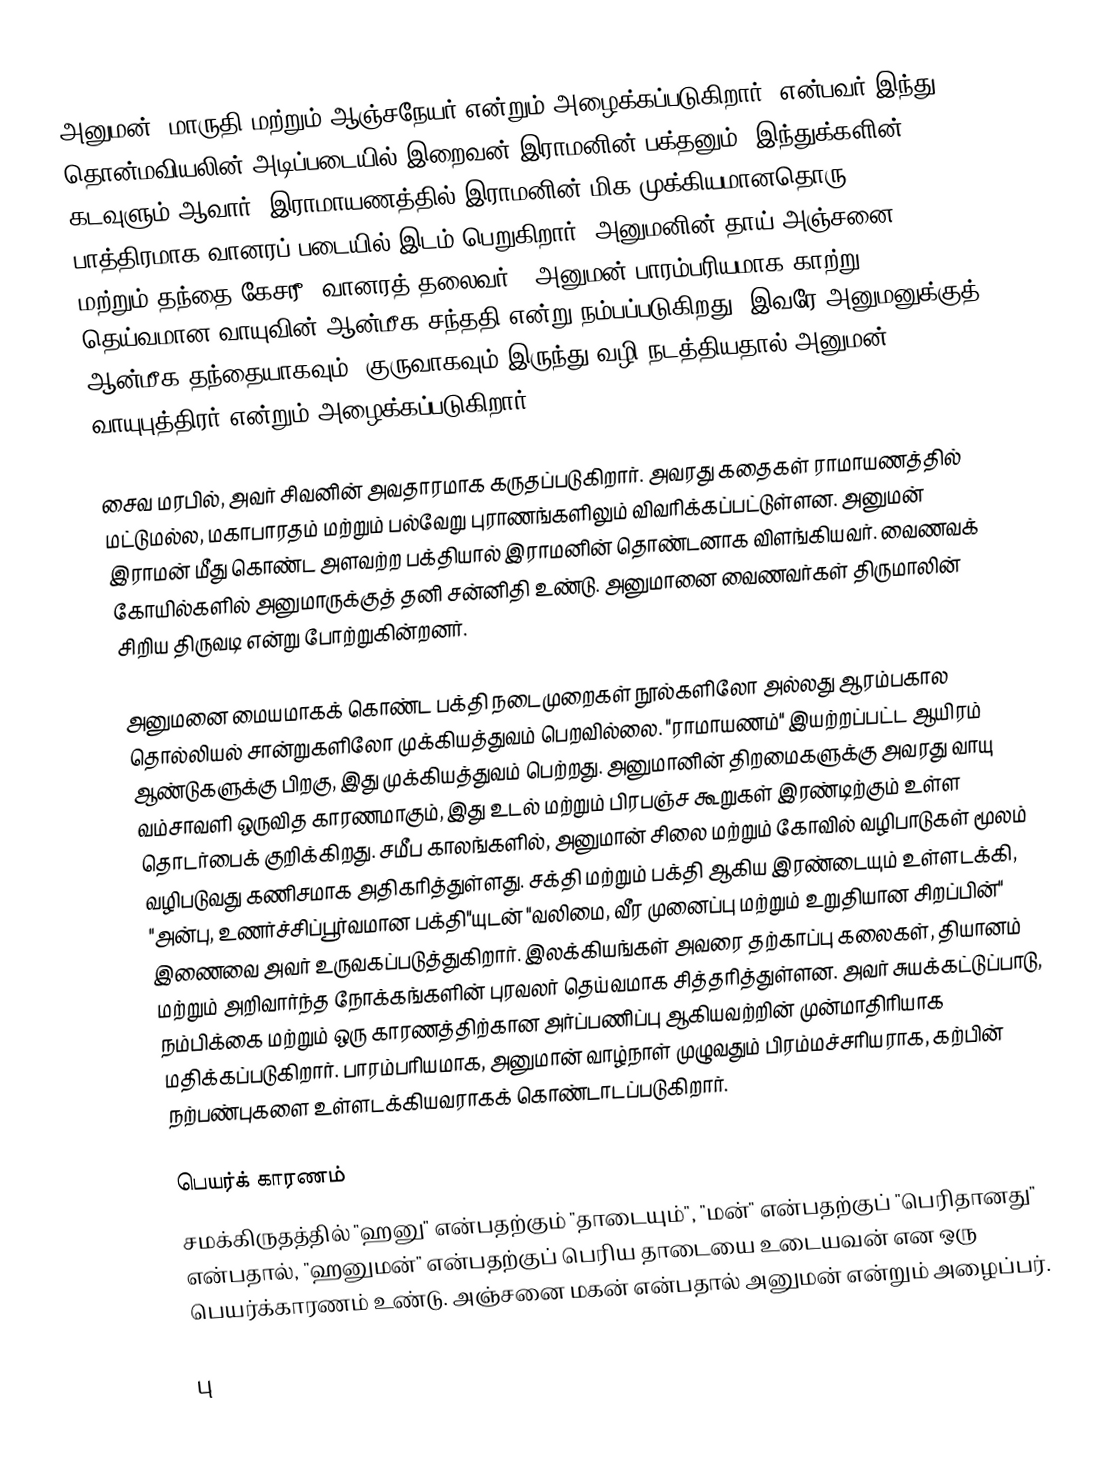
அனுமன் (மாருதி மற்றும் ஆஞ்சநேயர் என்றும் அழைக்கப்படுகிறார்) என்பவர் இந்து தொன்மவியலின் அடிப்படையில் இறைவன் இராமனின் பக்தனும், இந்துக்களின் கடவுளும் ஆவார். இராமாயணத்தில் இராமனின் மிக முக்கியமானதொரு பாத்திரமாக வானரப் படையில் இடம் பெறுகிறார். அனுமனின் தாய் அஞ்சனை மற்றும் தந்தை கேசரீ (வானரத் தலைவர்). அனுமன் பாரம்பரியமாக காற்று தெய்வமான வாயுவின் ஆன்மீக சந்ததி என்று நம்பப்படுகிறது. இவரே அனுமனுக்குத் ஆன்மீக தந்தையாகவும், குருவாகவும் இருந்து வழி நடத்தியதால் அனுமன் வாயுபுத்திரர் என்றும் அழைக்கப்படுகிறார்.

சைவ மரபில், அவர் சிவனின் அவதாரமாக கருதப்படுகிறார். அவரது கதைகள் ராமாயணத்தில் மட்டுமல்ல, மகாபாரதம் மற்றும் பல்வேறு புராணங்களிலும் விவரிக்கப்பட்டுள்ளன. அனுமன் இராமன் மீது கொண்ட அளவற்ற பக்தியால் இராமனின் தொண்டனாக விளங்கியவர். வைணவக் கோயில்களில் அனுமாருக்குத் தனி சன்னிதி உண்டு. அனுமானை வைணவர்கள் திருமாலின் சிறிய திருவடி என்று போற்றுகின்றனர்.

அனுமனை மையமாகக் கொண்ட பக்தி நடைமுறைகள் நூல்களிலோ அல்லது ஆரம்பகால தொல்லியல் சான்றுகளிலோ முக்கியத்துவம் பெறவில்லை. "ராமாயணம்" இயற்றப்பட்ட ஆயிரம் ஆண்டுகளுக்கு பிறகு, இது முக்கியத்துவம் பெற்றது. அனுமானின் திறமைகளுக்கு அவரது வாயு வம்சாவளி ஒருவித காரணமாகும், இது உடல் மற்றும் பிரபஞ்ச கூறுகள் இரண்டிற்கும் உள்ள தொடர்பைக் குறிக்கிறது. சமீப காலங்களில், அனுமான் சிலை மற்றும் கோவில் வழிபாடுகள் மூலம் வழிபடுவது கணிசமாக அதிகரித்துள்ளது. சக்தி மற்றும் பக்தி ஆகிய இரண்டையும் உள்ளடக்கி, "அன்பு, உணர்ச்சிப்பூர்வமான பக்தி"யுடன் "வலிமை, வீர முனைப்பு மற்றும் உறுதியான சிறப்பின்" இணைவை அவர் உருவகப்படுத்துகிறார். இலக்கியங்கள் அவரை தற்காப்பு கலைகள், தியானம் மற்றும் அறிவார்ந்த நோக்கங்களின் புரவலர் தெய்வமாக சித்தரித்துள்ளன. அவர் சுயக்கட்டுப்பாடு, நம்பிக்கை மற்றும் ஒரு காரணத்திற்கான அர்ப்பணிப்பு ஆகியவற்றின் முன்மாதிரியாக மதிக்கப்படுகிறார். பாரம்பரியமாக, அனுமான் வாழ்நாள் முழுவதும் பிரம்மச்சரியராக, கற்பின் நற்பண்புகளை உள்ளடக்கியவராகக் கொண்டாடப்படுகிறார்.

பெயர்க் காரணம்
சமக்கிருதத்தில் "ஹனு" என்பதற்கும் "தாடையும்", "மன்" என்பதற்குப் "பெரிதானது" என்பதால், "ஹனுமன்" என்பதற்குப் பெரிய தாடையை உடையவன் என ஒரு பெயர்க்காரணம் உண்டு. அஞ்சனை மகன் என்பதால் அனுமன் என்றும் அழைப்பர்.

பு